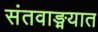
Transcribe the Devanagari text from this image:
संतवाङ्मयात